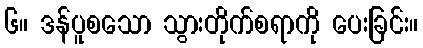
၆။ ဒန်ပူစသော သွားတိုက်စရာကို ပေးခြင်း။